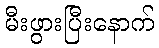
မီးဖွားပြီးနောက်